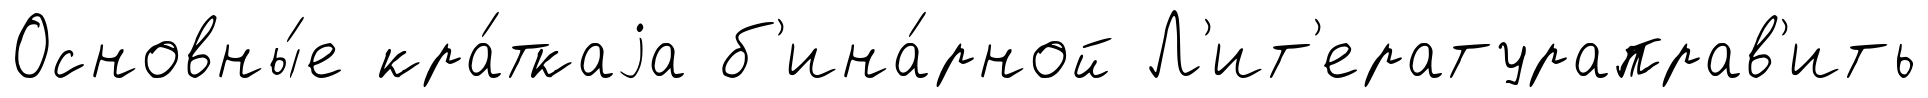
Основны́е кра́ткаjа б'ина́рной Л'ит'ератураправ'ить